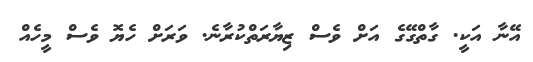
އޭނާ އަކީ. ގާތްގޭގެ އަށް ވެސް ޒިޔާރަތްކުރާނެ. ވަރަށް ހެޔޮ ވެސް މީހެއް